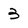
Character: 3